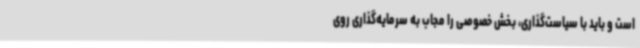
است و باید با سیاست‌گذاری، بخش خصوصی را مجاب به سرمایه‌گذاری روی